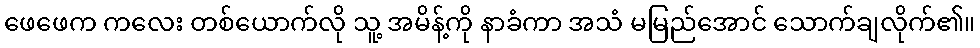
ဖေဖေက ကလေး တစ်ယောက်လို သူ့ အမိန့်ကို နာခံကာ အသံ မမြည်အောင် သောက်ချလိုက်၏။